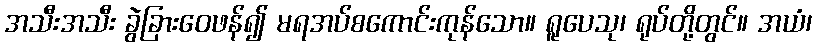
အသီးအသီး ခွဲခြားဝေဖန်၍ မရအပ်စကောင်းကုန်သော။ ရူပေသု၊ ရုပ်တို့တွင်။ အယံ၊